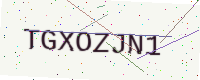
Text: TGXOZJN1